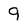
Character: 9